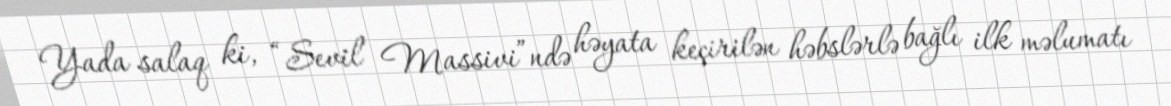
Yada salaq ki, “Sevil Massivi”ndə həyata keçirilən həbslərlə bağlı ilk məlumatı